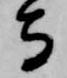
寺